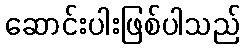
ဆောင်းပါးဖြစ်ပါသည်